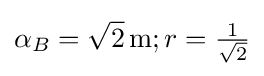
\alpha _{B}={\sqrt {2}}\,{\text{m}};r={\tfrac {1}{\sqrt {2}}}